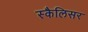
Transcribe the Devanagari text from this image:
स्कैलिसर